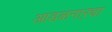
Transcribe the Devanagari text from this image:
आडळनाऱ्या